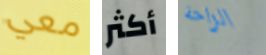
معي أكثر الراحة